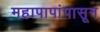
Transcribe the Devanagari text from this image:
महापापांपासून